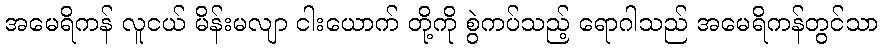
အမေရိကန် လူငယ် မိန်းမလျာ ငါးယောက် တို့ကို စွဲကပ်သည့် ရောဂါသည် အမေရိကန်တွင်သာ